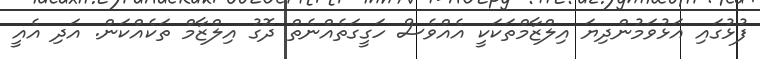
ފުޅުގައި އަޅުވަމުންދިޔަ އިލްޒާމްތަކަކީ އެއްވެސް ހަގީގަތެއްނެތް ދޮގު އިލްޒާމް ތަކެއްކަން. އަދި އެއީ